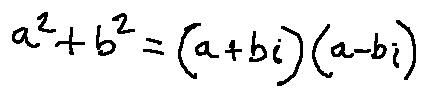
a ^ { 2 } + b ^ { 2 } = ( a + b i ) ( a - b i )